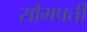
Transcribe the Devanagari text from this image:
सौभपती